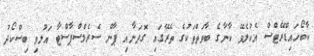
ކާބޯހައިޑްރޭޓްސް އެކުލެވޭ ކާނާގެ ބާވަތްތަކުގެ ތެރޭގައި ގޮދަނާއި ޕާން ސެރެލްސްޕާސްޓާ އަލުވި ބިސްކޯދު